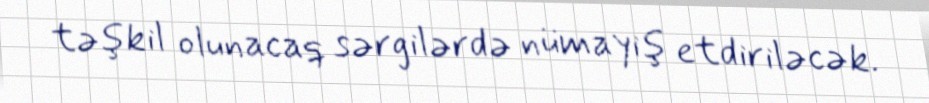
təşkil olunacaq sərgilərdə nümayiş etdiriləcək.